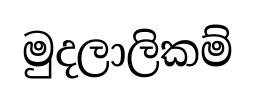
මුදලාලිකම්